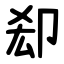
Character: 㕁